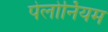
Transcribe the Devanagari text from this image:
पेलोर्नियम